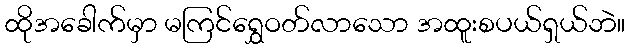
ထိုအခေါက်မှာ မကြင်ရွှေဝတ်လာသော အထူးစပယ်ရှယ်ဘဲ။